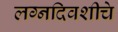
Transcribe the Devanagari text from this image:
लग्नदिवशीचे